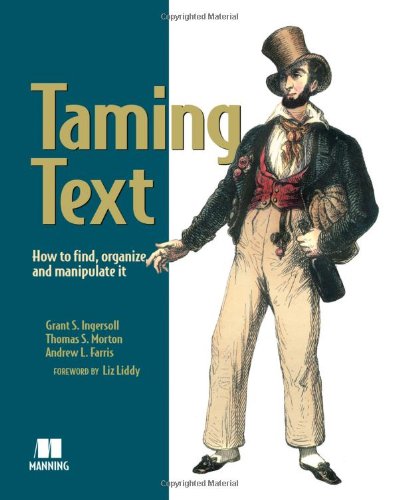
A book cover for Taming Text: How to Find, Organize, and Manipulate It; Grant S. Ingersoll; Computers & Technology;